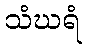
သံဃရံ